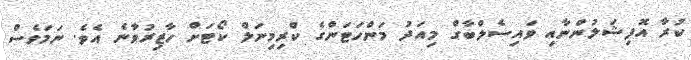
ކުރާ އޮފިޝަލުންނާއި ވައިސެލްބާގް މިއަދު މަންހަޓަންގެ ކްރިމިނަލް ކޯޓަށް ހާޒިރުވާނެ އެވެ. ނަމަވެސް